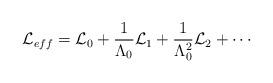
LaTeX: \begin{align*}{\cal L}_{eff}={\cal L}_0 + \frac{1}{\Lambda_0}{\cal L}_1+\frac{1}{\Lambda_0^2}{\cal L}_2 + \cdots\end{align*}